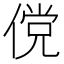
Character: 傥